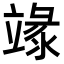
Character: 𥪬